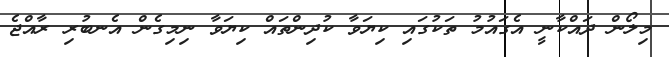
މިލޯން ދައްކާނީ އެގައުމު ތަކުގައި ކިޔަވާ ކުދިންތައް ކިޔަވާ ނިމިގެން އެނބުރި ރާއްޖެ